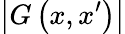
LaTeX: \left|G\left(x,x^{\prime}\right)\right|